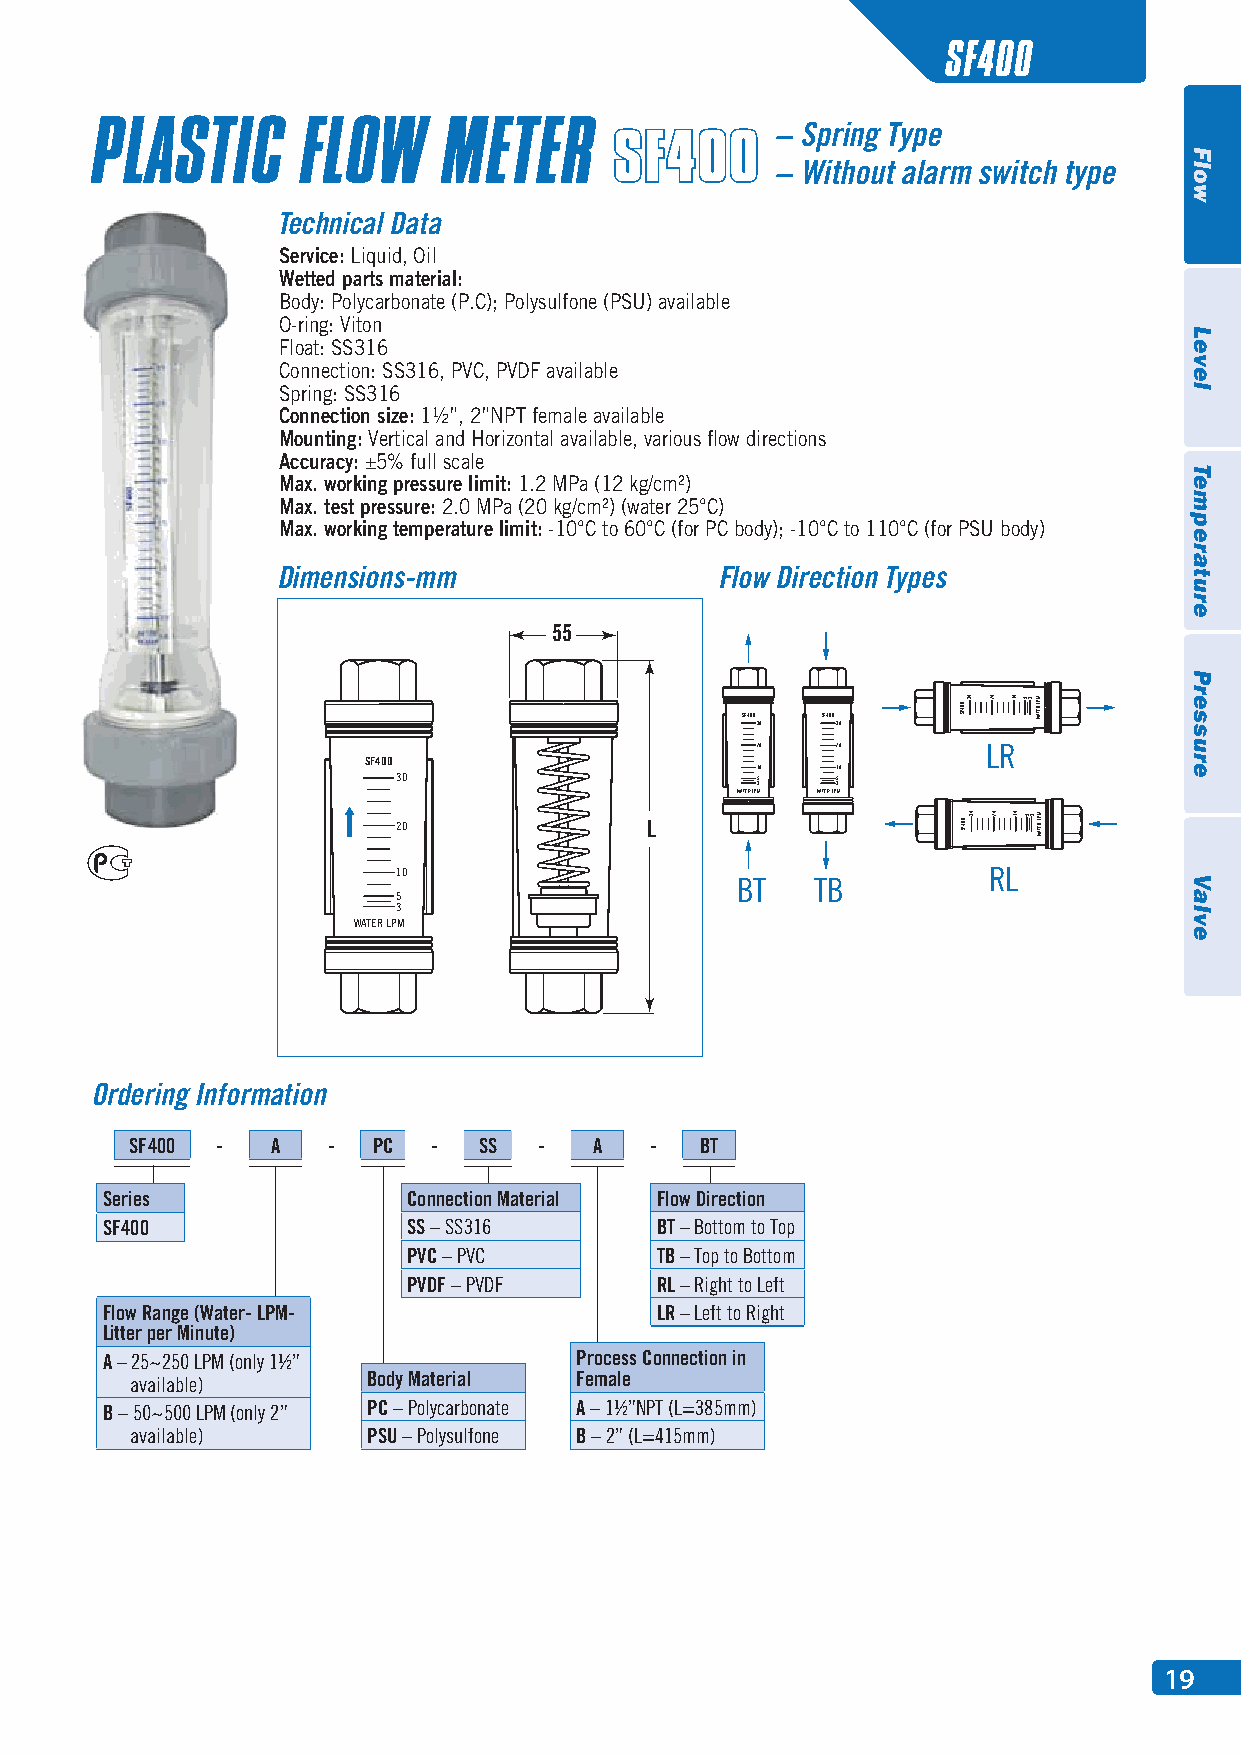
SF400
 PLASTIC       FLOW     METER
 − Spring Type
 − Without alarm switch type
 Technical Data
 Service: Liquid, Oil
 Wetted parts material:
 Body: Polycarbonate (P.C); Polysulfone (PSU) available
 O-ring: Viton
 Float: SS316
 Connection: SS316, PVC, PVDF available
 Spring: SS316
 Connection size: 1½”, 2”NPT female available
 Mounting: Vertical and Horizontal available, various flow directions
 Accuracy: ±5% full scale
 Max. working pressure limit: 1.2 MPa (12 kg/cm²)
 Max. test pressure: 2.0 MPa (20 kg/cm²) (water 25°C)
 Max. working temperature limit: -10°C to 60°C (for PC body); -10°C to 110°C (for PSU body)
 Dimensions-mm                Flow Direction Types
 55
 SF400 SF400
 30   30
 20   20        LR
 SF400
 10   10
 30                      53   53
 WATER LPM WATER LPM
 20               L
 10                                     RL
 BT   TB
 5
 3
 WATER LPM
 Ordering Information
 SF400 Code Flow Range [Water-LPM (Litter per Minute)]
 SF400 -  A   -  PC  -  SS  -  A   -  BT
 A  25~250 LPM (only 1½” available)
 Series B 50~500 LPM (only 2” avaiClaobnlen)ection Material Flow Direction
 SF400   Code Body Material SS – SS316 BT – Bottom to Top
 PVC – PVC       TB – Top to Bottom
 PC  Polycarbonate PSU Polysulfone
 PVDF – PVDF     RL – Right to Left
 Code Connection Material
 Flow Range (Water- LPM-             LR – Left to Right
 Litter per Minute) (1) SS316 (2) PVC (3) PVDF
 A – 25~250 LPM (only 1½” Code Process Connection in FePmroacleess Connection in
 available)     Body Material Female
 (A) 1½”NPT (L=385mm) (B) 2” (L=415mm)
 B – 50~500 LPM (only 2” PC – Polycarbonate A – 1½”NPT (L=385mm)
 Code Flow Direction
 available)     PSU – Polysulfone B – 2” (L=415mm)
 BT Bottom to Top TB Top to Bottom RL Right to Left LR Left to Right
 SF400
 19
 03004FS
 03004FS
 02
 02
 01
 01
 M53 PL RETAW
 M53 PL RETAW
 Flow
 Level
 Temperature
 Pressure
 Valve